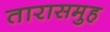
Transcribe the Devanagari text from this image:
तारासमुह